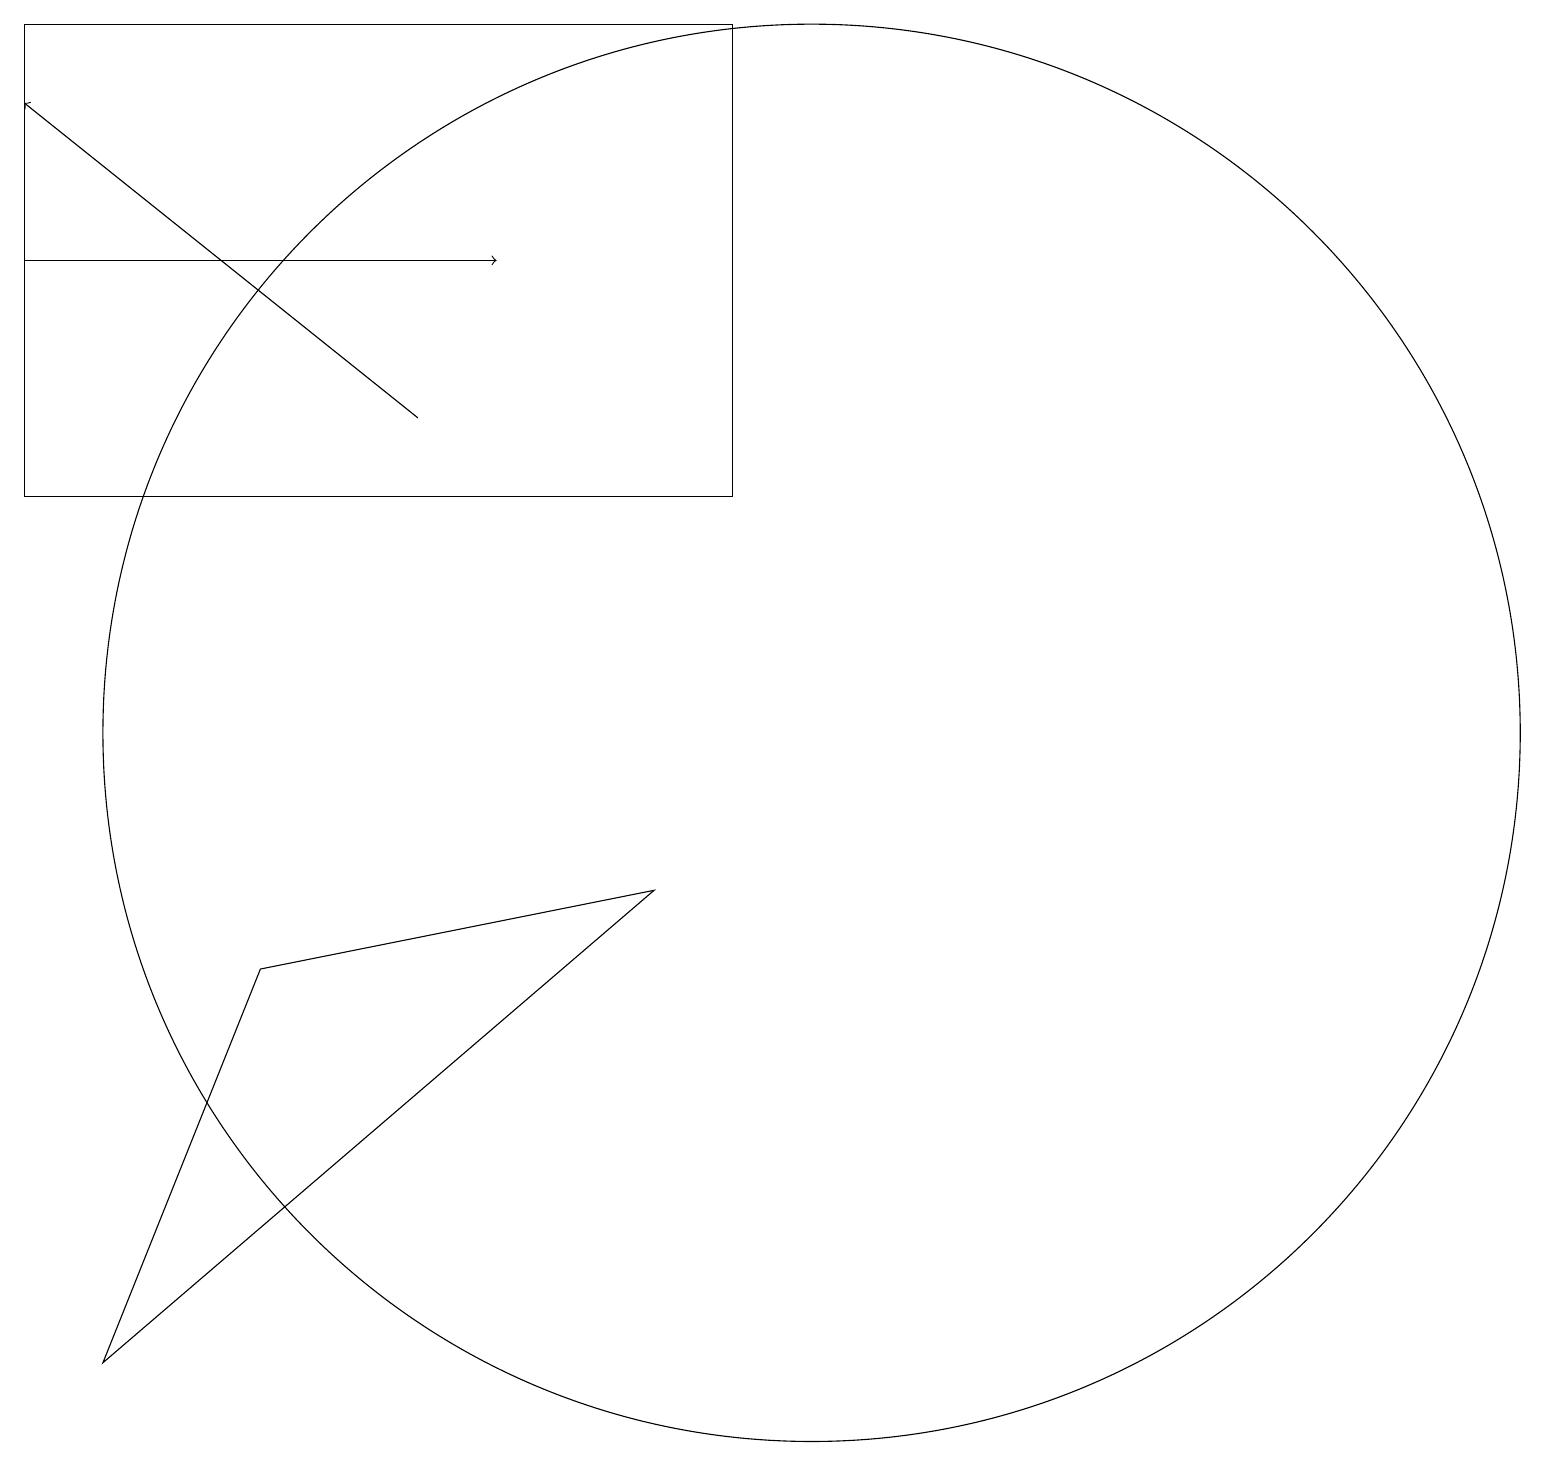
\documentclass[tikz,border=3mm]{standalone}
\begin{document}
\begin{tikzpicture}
\draw (0,13) rectangle (9,19);
\draw (3,7) -- (1,2) -- (8,8) -- cycle;
\draw[->] (5,14) -- (0,18);
\draw[->] (0,16) -- (6,16);
\draw (10,10) circle (9);
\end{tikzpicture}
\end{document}